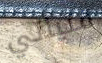
فتياتي